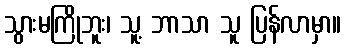
သွားမကြိုဘူး၊ သူ့ ဘာသာ သူ ပြန်လာမှာ။